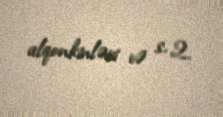
alqonkinləri və s. 2.